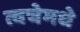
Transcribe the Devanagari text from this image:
त्वचेमधे